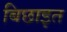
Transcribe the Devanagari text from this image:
बिछाइत